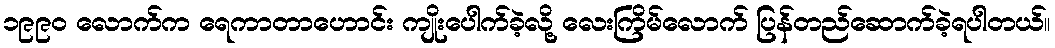
၁၉၉ဝ လောက်က ရေကာတာဟောင်း ကျိုးပေါက်ခဲ့လို့ လေးကြိမ်လောက် ပြန်တည်ဆောက်ခဲ့ရပါတယ်။